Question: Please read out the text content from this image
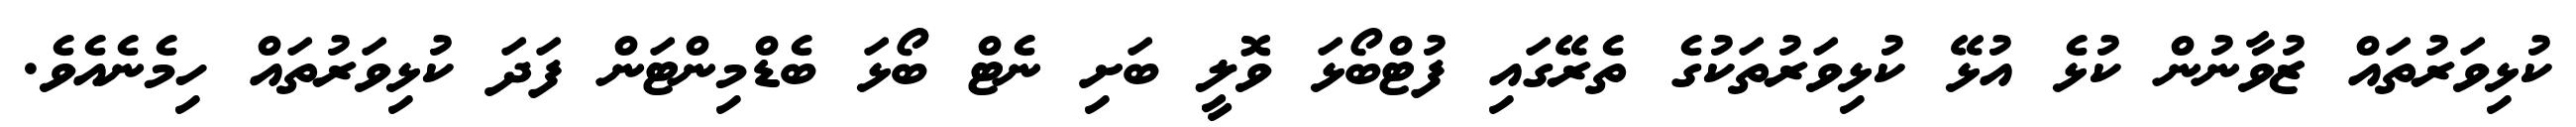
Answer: ކުޅިވަރުތައް ޒުވާނުން ކުޅެ އުޅޭ ކުޅިވަރުތަކުގެ ތެރޭގައި ފުޓްބޯޅަ ވޮލީ ބަށި ނެޓް ބޯޅަ ބެޑްމިންޓަން ފަދަ ކުޅިވަރުތައް ހިމެނެއެވެ.